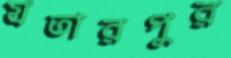
যতারপুর